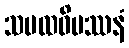
သမထဝိပဿနံ